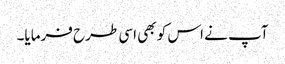
آپ نے اس کو بھی اسی طرح فرمایا۔